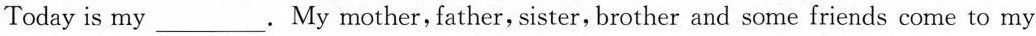
Today is my___. My mother, father, sister, brother and some friends come to my